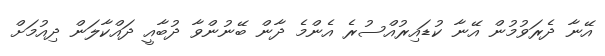
އޭނާ ދެރަވުމުން އޭނާ ކުޑައިރުއްސުރެ އެންމެ ދާން ބޭނުންވާ ދުބާއީ ދައްކާލަން ދިއުމަށް